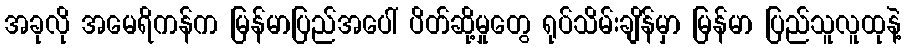
အခုလို အမေရိကန်က မြန်မာပြည်အပေါ် ပိတ်ဆို့မှုတွေ ရုပ်သိမ်းချိန်မှာ မြန်မာ ပြည်သူလူထုနဲ့